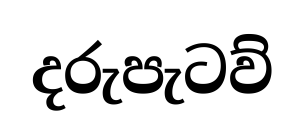
දරුපැටව්